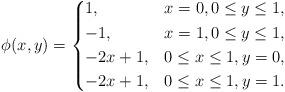
LaTeX: \begin{align*} \phi(x,y)= \begin{dcases} 1, & x=0,0\leq y\leq 1, \\ -1, & x=1,0\leq y\leq 1, \\ -2x+1,& 0\leq x \leq 1, y=0 , \\ -2x+1,& 0\leq x \leq 1, y=1. \end{dcases}\end{align*}